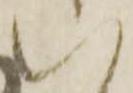
い